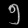
Digit: ၅